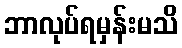
ဘာလုပ်ရမှန်းမသိ